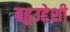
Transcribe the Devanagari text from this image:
बहुउद्देशी